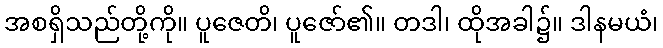
အစရှိသည်တို့ကို။ ပူဇေတိ၊ ပူဇော်၏။ တဒါ၊ ထိုအခါ၌။ ဒါနမယံ၊